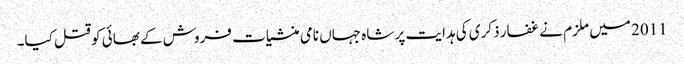
2011 میں ملزم نے غفار ذکری کی ہدایت پر شاہ جہاں نامی منشیات فروش کے بھائی کو قتل کیا۔